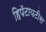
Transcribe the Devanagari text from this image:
हिपॅटायटीस